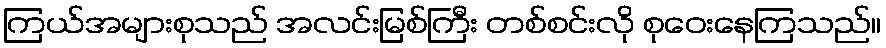
ကြယ်အများစုသည် အလင်းမြစ်ကြီး တစ်စင်းလို စုဝေးနေကြသည်။